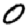
Digit: 0